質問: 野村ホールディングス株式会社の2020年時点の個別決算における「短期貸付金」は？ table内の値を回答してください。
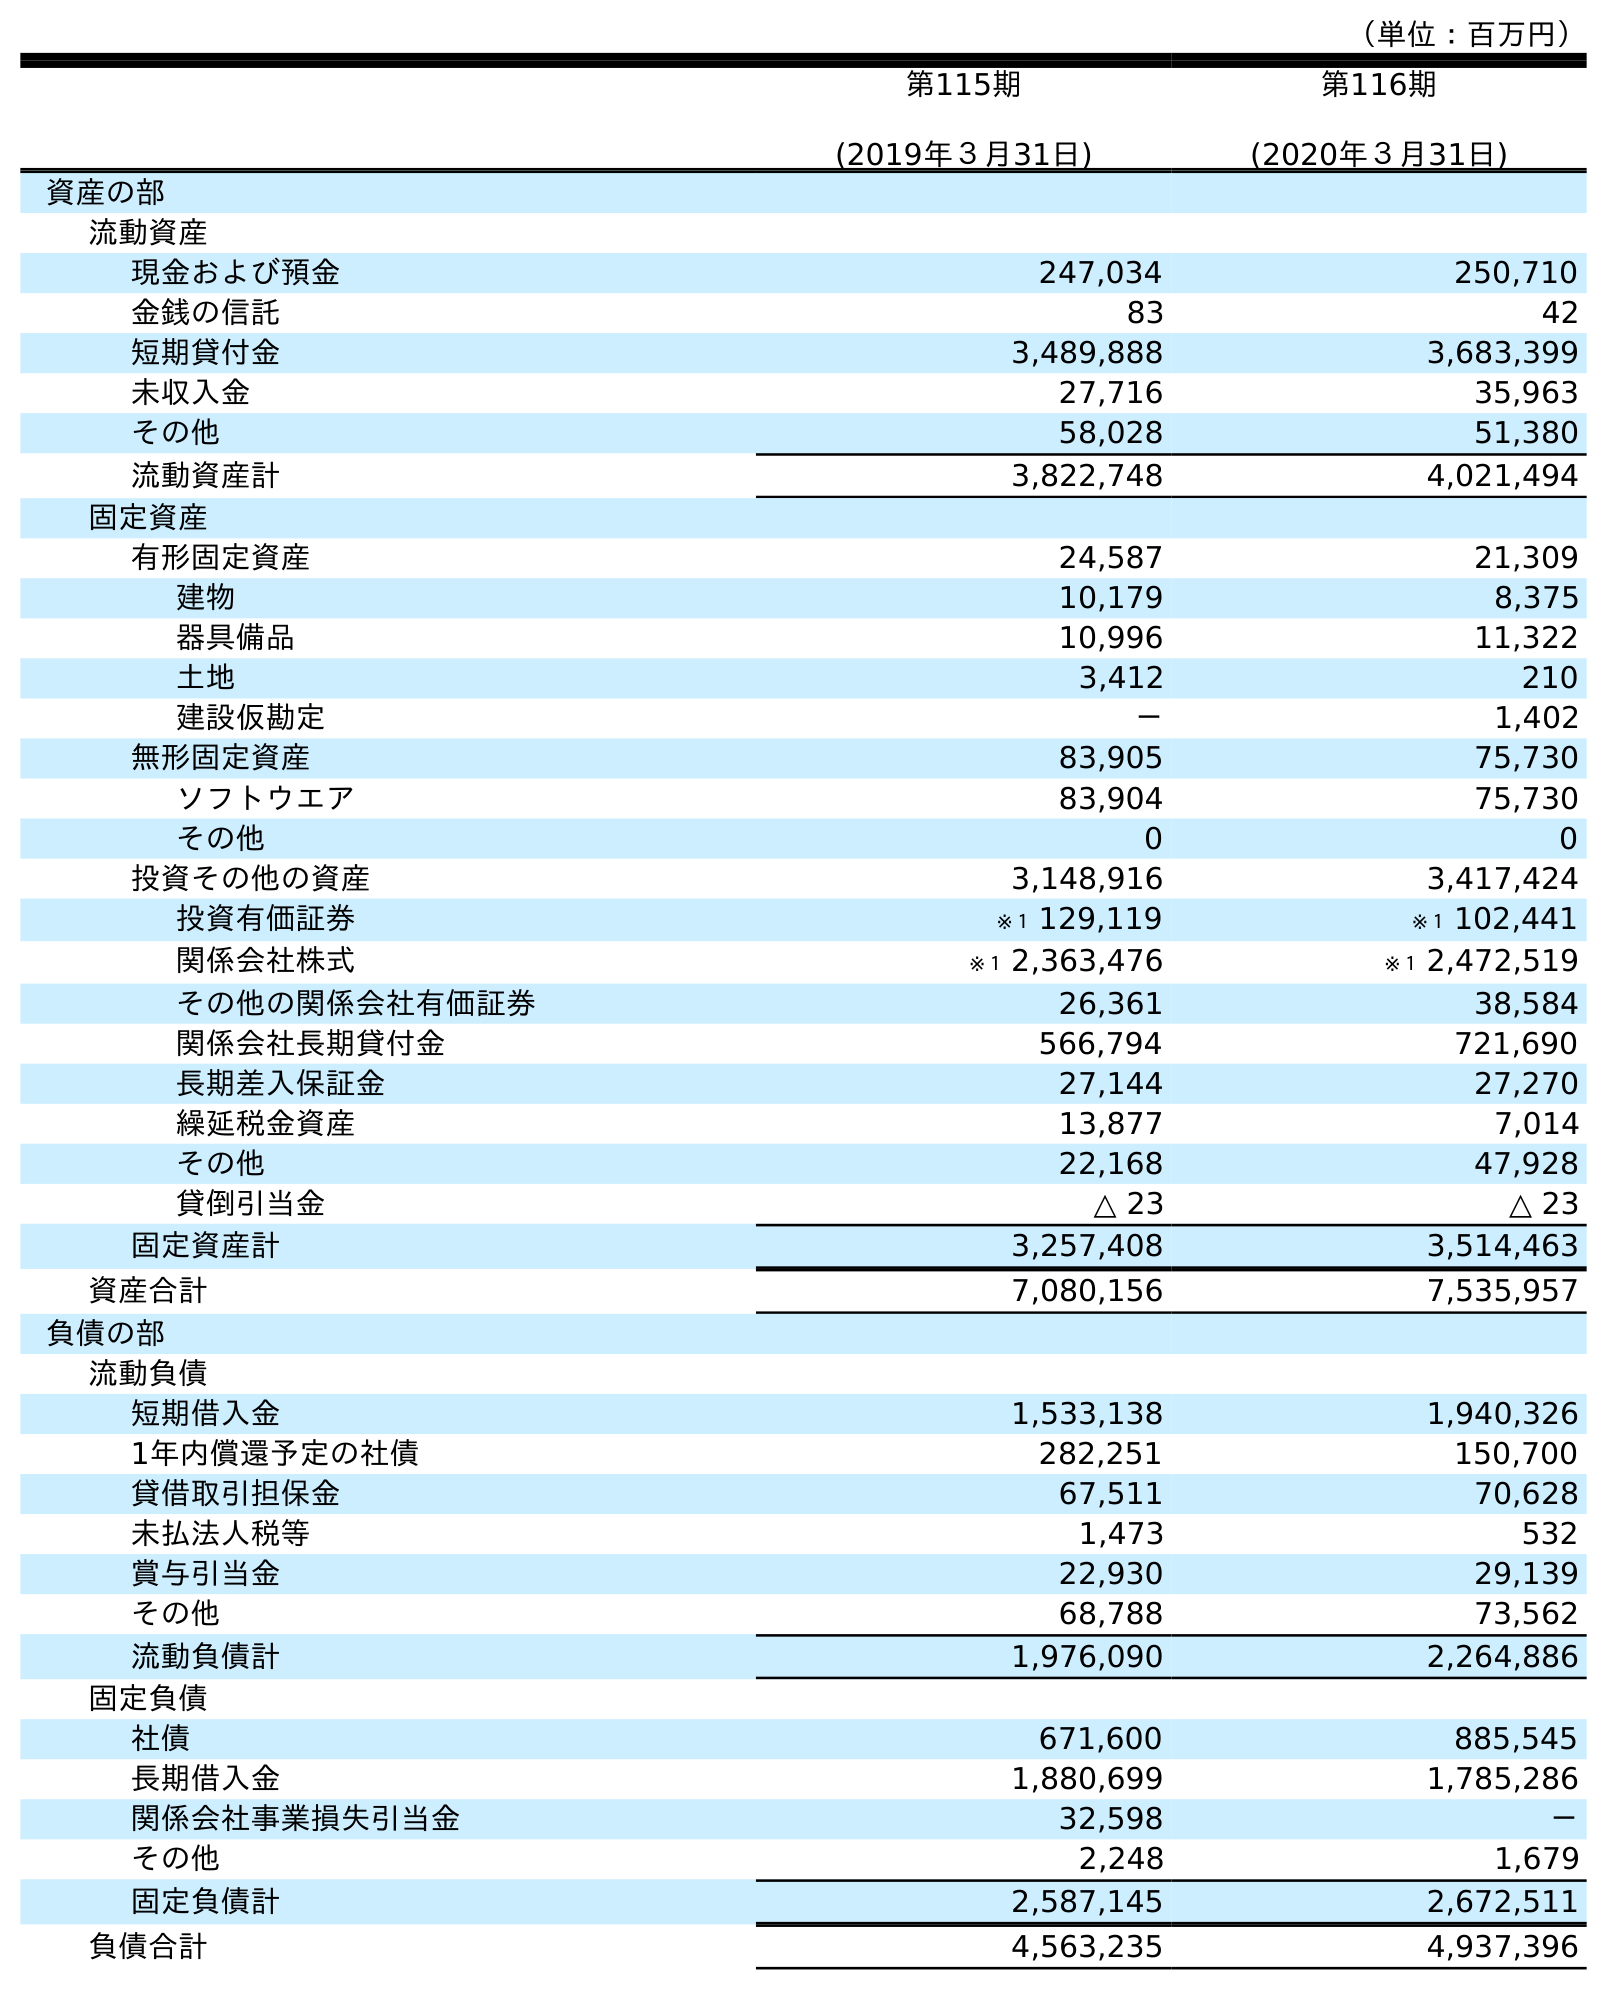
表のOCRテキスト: （単位：百万円） 第115期 (2019年３月31日) 第116期 (2020年３月31日) 資産の部 流動資産 現金および預金 247,034 250,710 金銭の信託 83 42 短期貸付金 3,489,888 3,683,399 未収入金 27,716 35,963 その他 58,028 51,380 流動資産計 3,822,748 4,021,494 固定資産 有形固定資産 24,587 21,309 建物 10,179 8,375 器具備品 10,996 11,322 土地 3,412 210 建設仮勘定 － 1,402 無形固定資産 83,905 75,730 ソフトウエア 83,904 75,730 その他 0 0 投資その他の資産 3,148,916 3,417,424 投資有価証券 ※１ 129,119 ※１ 102,441 関係会社株式 ※１ 2,363,476 ※１ 2,472,519 その他の関係会社有価証券 26,361 38,584 関係会社長期貸付金 566,794 721,690 長期差入保証金 27,144 27,270 繰延税金資産 13,877 7,014 その他 22,168 47,928 貸倒引当金 △ 23 △ 23 固定資産計 3,257,408 3,514,463 資産合計 7,080,156 7,535,957 負債の部 流動負債 短期借入金 1,533,138 1,940,326 1年内償還予定の社債 282,251 150,700 貸借取引担保金 67,511 70,628 未払法人税等 1,473 532 賞与引当金 22,930 29,139 その他 68,788 73,562 流動負債計 1,976,090 2,264,886 固定負債 社債 671,600 885,545 長期借入金 1,880,699 1,785,286 関係会社事業損失引当金 32,598 － その他 2,248 1,679 固定負債計 2,587,145 2,672,511 負債合計 4,563,235 4,937,396
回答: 3,683,399